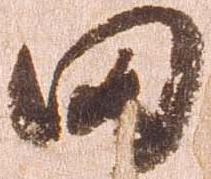
田